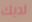
لديك